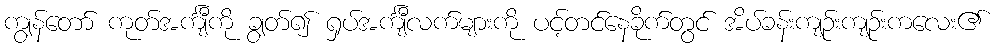
ကျွန်တော် ကုတ်အင်္ကျီကို ချွတ်၍ ရှပ်အင်္ကျီလက်များကို ပင့်တင်နေခိုက်တွင် အိပ်ခန်းကျဉ်းကျဉ်းကလေး၏